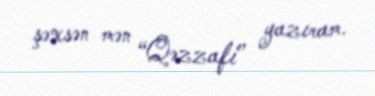
şəxsən mən “Qəzzafi” yazıram.